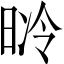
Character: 𣇝